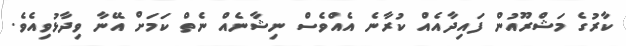
ކާރުގެ މަޝްރޫއުން ފައިދާއެއް ކުރާނެ އެއްވެސް ނިޝާނެއް ނެތް ކަމަށް އޭނާ ވިދާޅުވިއެވެ.